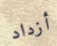
أزداد